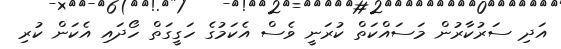
އަދި ސަރުކާރުން މަސައްކަތް ކުރަނީ ވެސް އެކަމުގެ ހަގީގަތް ހޯދައި އެކަން ކުރި